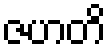
ဇဟတိ